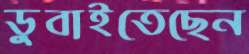
ডুবাইতেছেন